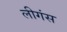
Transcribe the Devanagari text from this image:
लीगंस